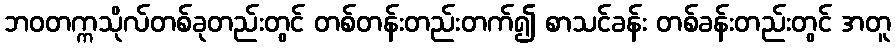
ဘဝတက္ကသိုလ်တစ်ခုတည်းတွင် တစ်တန်းတည်းတက်၍ စာသင်ခန်း တစ်ခန်းတည်းတွင် အတူ